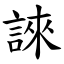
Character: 誺